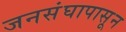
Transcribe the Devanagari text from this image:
जनसंघापासून